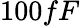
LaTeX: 100fF